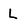
Character: l